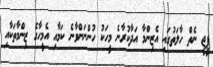
ޕީޖީ ނެތް ހާލަތުގައި އެޒިންމާ އަދާކުރާނެ މީހަކު ހުންނަންވާނެ ކަމާއި އެމީހާގެ ޒިންމާތަކާއި